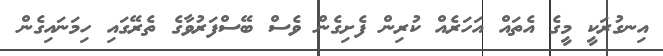
އިނގުރަކީ މީގެ އެތައް އަހަރެއް ކުރިން ފެށިގެން ވެސް ބޭސްފަރުވާގެ ތެރޭގައި ހިމަނައިގެން